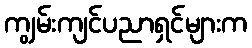
ကျွမ်းကျင်ပညာရှင်များက